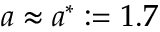
a \approx a ^ { * } : = 1 . 7